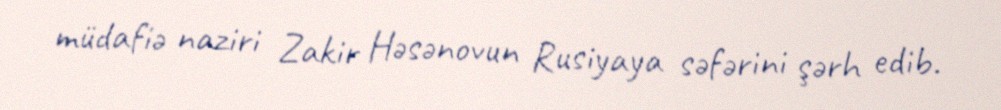
müdafiə naziri Zakir Həsənovun Rusiyaya səfərini şərh edib.